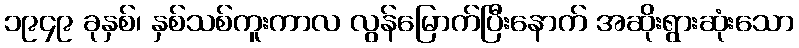
၁၉၄၉ ခုနှစ်၊ နှစ်သစ်ကူးကာလ လွန်မြောက်ပြီးနောက် အဆိုးရွားဆုံးသော